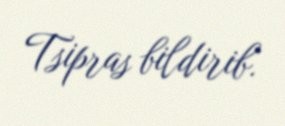
Tsipras bildirib.